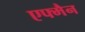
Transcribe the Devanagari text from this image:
एफ्मैन